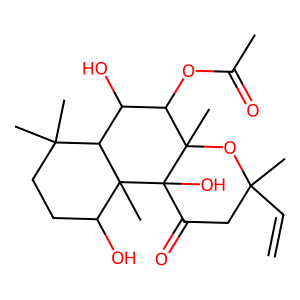
SMILES: C=CC1(C)CC(=O)C2(O)C(C)(O1)C(OC(C)=O)C(O)C1C(C)(C)CCC(O)C12C
Inhibits HIV replication: No